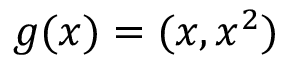
g ( x ) = ( x , x ^ { 2 } )